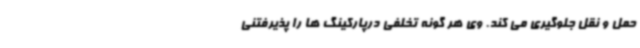
حمل و نقل جلوگیری می کند. وی هر گونه تخلفی درپارکینگ ها را پذیرفتنی